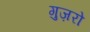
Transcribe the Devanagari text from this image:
गुज़रो